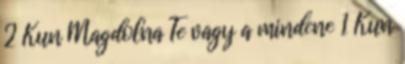
2 Kun Magdolna Te vagy a mindene 1 Kun